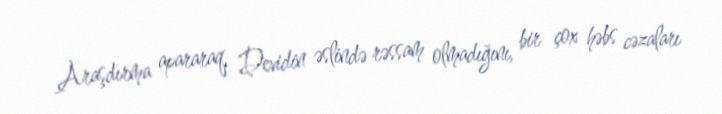
Araşdırma apararaq, Devidin əslində rəssam olmadığını, bir çox həbs cəzaları